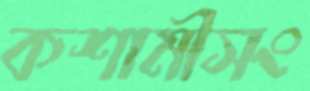
কশামীসং